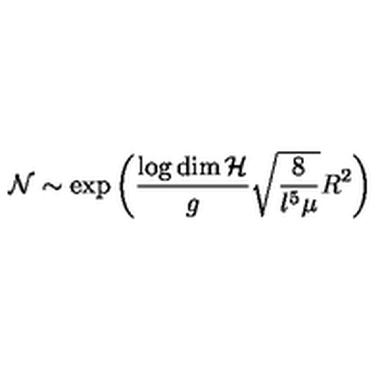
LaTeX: { \cal N } \sim \exp \left( \frac { \log \dim { \cal H } } { g } \sqrt { \frac { 8 } { l ^ { 5 } \mu } } R ^ { 2 } \right)